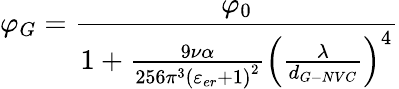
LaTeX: {\varphi_{G}}=\frac{{{\varphi_{0}}}}{{1+\frac{{9\nu\alpha}}{{256{\pi^{3}}{{\left({{\varepsilon_{er}}+1}\right)}^{2}}}}{{\left({\frac{\lambda}{{{d_{G-NVC}}}}}\right)}^{4}}}}